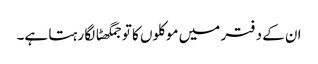
ان کے دفتر میں موکلوں کا تو جمگھٹا لگا رہتا ہے۔